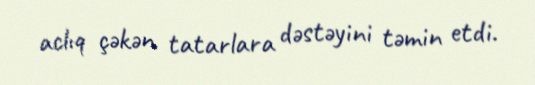
aclıq çəkən tatarlara dəstəyini təmin etdi.